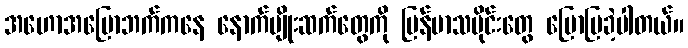
အဟောအပြောဘက်ကနေ နောက်မျိုးဆက်တွေကို မြန်မာသမိုင်းတွေ ပြောပြခဲ့ပါတယ်။